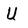
Character: U